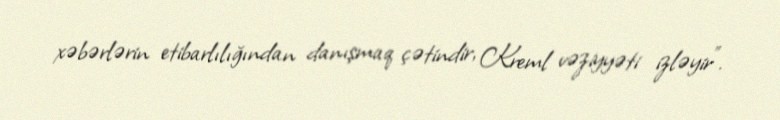
xəbərlərin etibarlılığından danışmaq çətindir, Kreml vəziyyəti izləyir”.